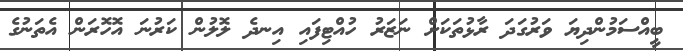
ބީއްސަމުންދިޔަ ވަރުގަދަ ރާޅުތަކަށް ނަޒަރު ހުއްޓިފައި އިނދެ ލޮލުން ކަރުނަ އޮހޮރަން އެތަނުގެ